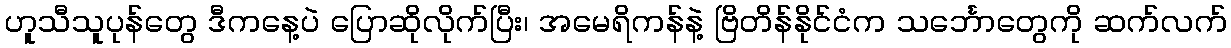
ဟူသီသူပုန်တွေ ဒီကနေ့ပဲ ပြောဆိုလိုက်ပြီး၊ အမေရိကန်နဲ့ ဗြိတိန်နိုင်ငံက သင်္ဘောတွေကို ဆက်လက်